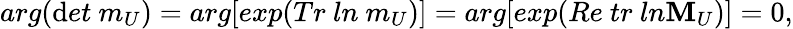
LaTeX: arg(\mathrm{d}et\ m_{U})=arg[exp(Tr\ ln\ m_{U})]=arg[exp(Re\ tr\ ln{\mathbf{M}}_{U})]=0,